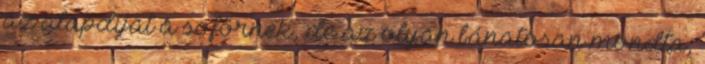
az alapdíjat a sofőrnek, de az olyan bánatosan mondta,